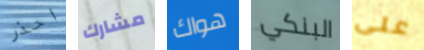
احذر مشارك هواك البنكي على